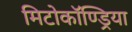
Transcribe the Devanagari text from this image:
मिटोकॉण्ड्रिया